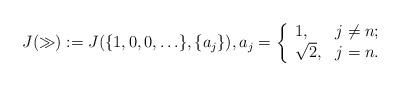
LaTeX: \begin{align*}J(\gg):=J(\{1,0,0,\ldots\},\{a_j\}), a_j=\left\{ \begin{array}{ll} 1, & j\not= n; \\ \sqrt{2}, & j=n. \end{array}\right.\end{align*}